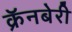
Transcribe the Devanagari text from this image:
क्रॅनबेरी